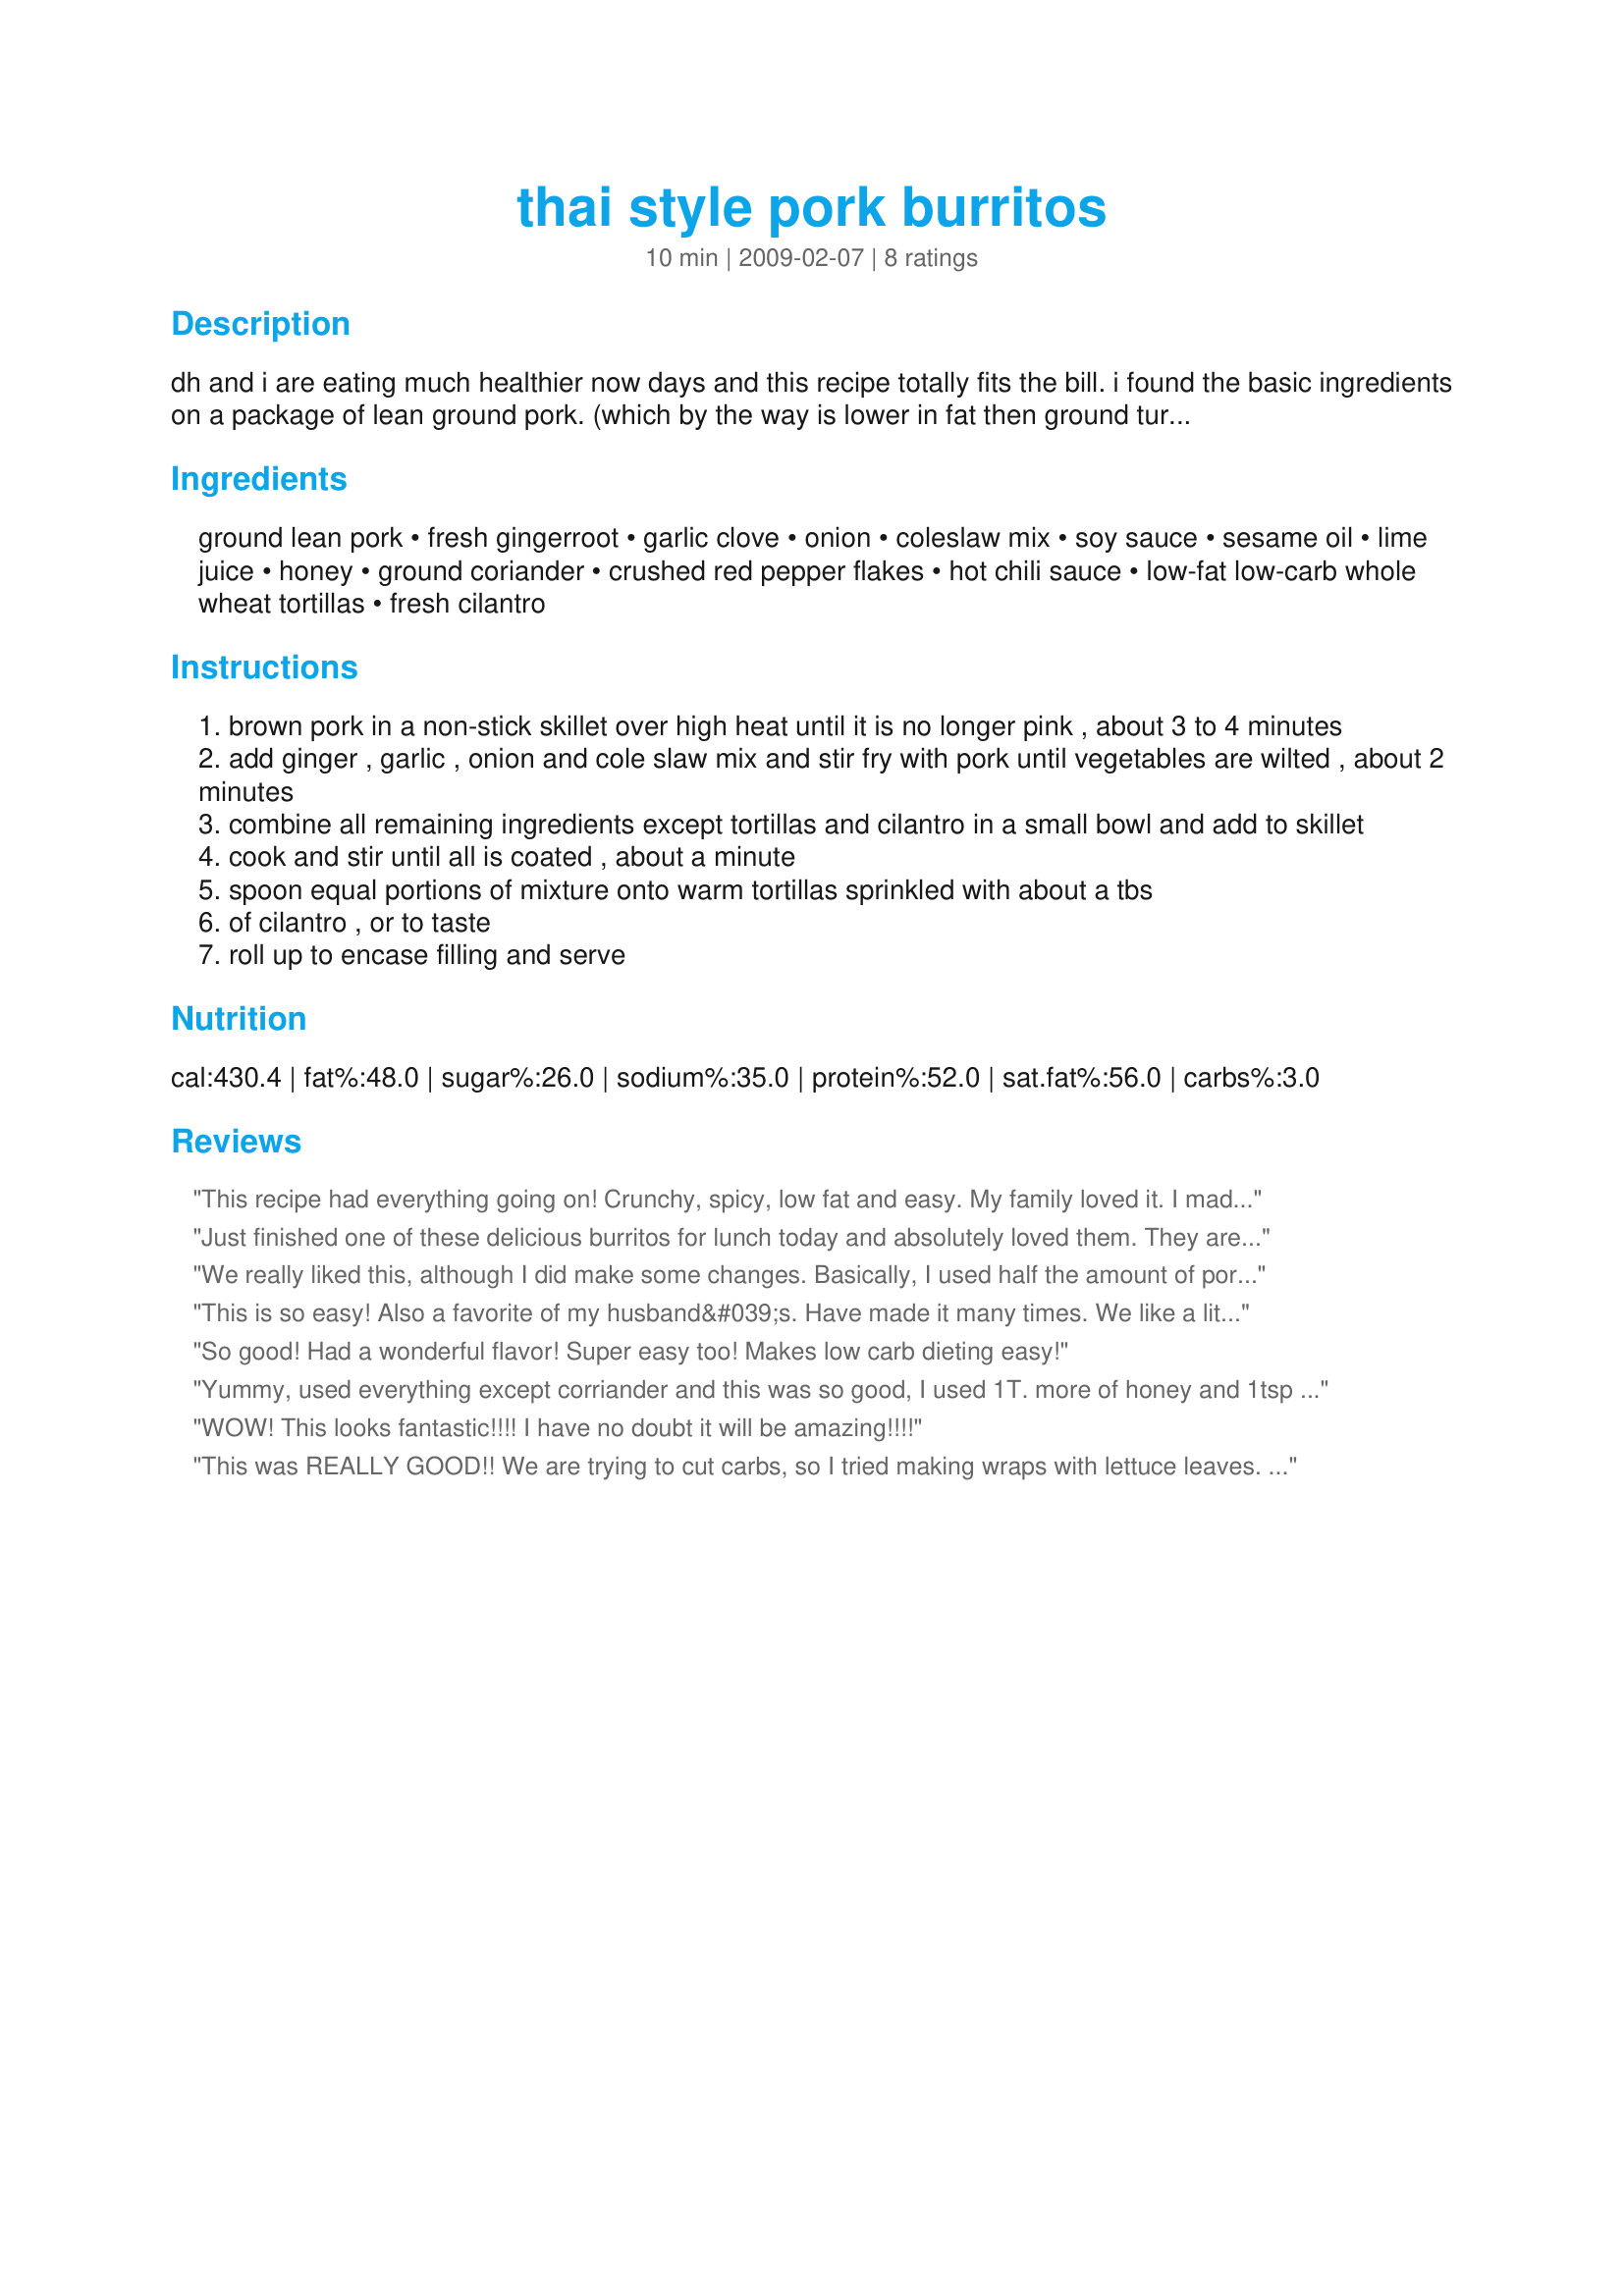
thai style pork burritos
Preparation time: 10 minutes

dh and i are eating much healthier now days and this recipe totally fits the bill. i found the basic ingredients on a package of lean ground pork. (which by the way is lower in fat then ground turkey or chicken and delicious) quick, easy, healthy and full of flavor!***i do not agree with recipezaar's calculation of the calories and fat in my recipe. (no offense rz!) per the nutrition facts on the lean pork packaging, there are 4 grams of fat and 180 calories total for the pork; plus the minimal amount the other ingredients contribute. hence my praise for the low fat healthy recipe. :)

Ingredients:
ground lean pork, fresh gingerroot, garlic clove, onion, coleslaw mix, soy sauce, sesame oil, lime juice, honey, ground coriander, crushed red pepper flakes, hot chili sauce, low-fat low-carb whole wheat tortillas, fresh cilantro

Steps:
brown pork in a non-stick skillet over high heat until it is no longer pink , about 3 to 4 minutes
add ginger , garlic , onion and cole slaw mix and stir fry with pork until vegetables are wilted , about 2 minutes
combine all remaining ingredients except tortillas and cilantro in a small bowl and add to skillet
cook and stir until all is coated , about a minute
spoon equal portions of mixture onto warm tortillas sprinkled with about a tbs
of cilantro , or to taste
roll up to encase filling and serve

Reviews:
This recipe had everything going on!
Crunchy, spicy, low fat and easy.
My family loved it. I made one batch with the pork and another with firm tofu for my daughter (no meat). Thanks for posting.
Justine
Just finished one of these delicious burritos for lunch today and absolutely loved them. They are really spicy (even with using only 1/2 tbsp. Sriracha sauce, but not too spicy. Nice and filling -- really hits the spot. Will definitely make these burritos again. Made for Fall PAC, 2012.
We really liked this, although I did make some changes. Basically, I used half the amount of pork and I nearly doubled the amount of coleslaw mix. There was still lots of meat - I can't imagine it as written! We still had 4 burritos and even put leftover filling in the fridge for lunch one day. This one is going into our regular menu rotation.
This is so easy! Also a favorite of my husband&#039;s. Have made it many times. We like a little uncooked cabbage on each and drizzle of sweet chili sauce. Sweet chili sauce is a must!
So good! Had a wonderful flavor! Super easy too! Makes low carb dieting easy!
Yummy, used everything except corriander and this was so good, I used 1T. more of honey and 1tsp of red pepper and fresh ginger root, will make this again soon. I used low carb tortillas and they are loaded with fiber, also served with fresh sliced oranges***
WOW! This looks fantastic!!!! I have no doubt it will be amazing!!!!
This was REALLY GOOD!! We are trying to cut carbs, so I tried making wraps with lettuce leaves. That didn't work, so we ended up just eating it in a bowl with a spoon, but the flavor was fantastic!! I made it according to the directions, adding half the Sriracha while cooking and letting people put on more if they wanted. I was hoping to have leftovers for lunch tomorrow, but there aren't any. Thanks for a great recipe!!
